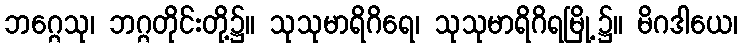
ဘဂ္ဂေသု၊ ဘဂ္ဂတိုင်းတို့၌။ သုသုမာရိဂိရေ၊ သုသုမာရိဂိရမြို့၌။ မိဂဒါယေ၊